Indian journal of veterinary science and animal husbandry - Volume 13,
Year: 1943
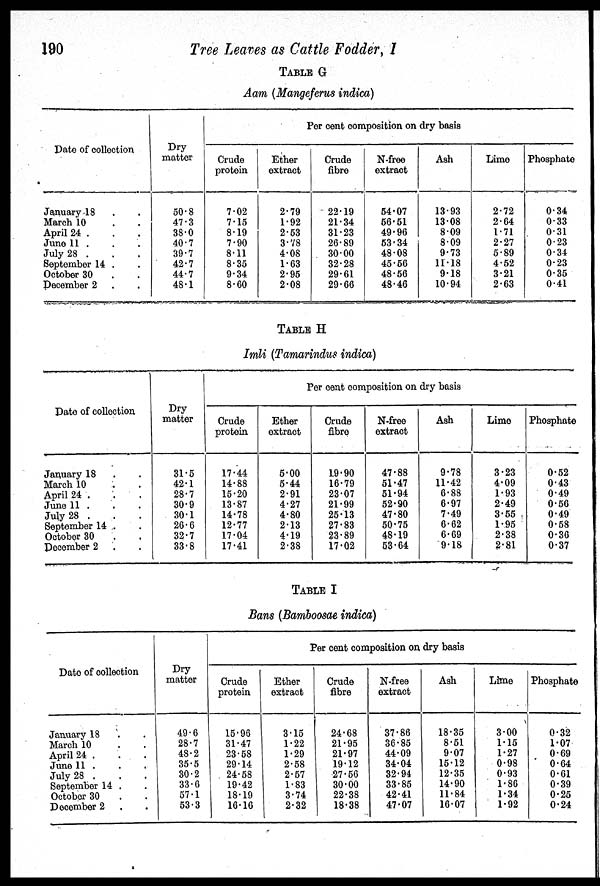
190
Tree Leaves as Cattle Fodder, I
TABLE G
Aam (Mangeferus indica)
Date of collection
January 18 . .
March 10 . .
April 24 . . .
June 11 . . .
July 28 . . .
September 14 . .
October 30 . .
December 2 . .
Dry
matter
50.8
47.3
38.0
40.7
39.7
42.7
44.7
48.1
Crude
protein
7.02
7.15
8.19
7.90
8.11
8.35
9.34
8.60
Per cent composition on dry basis
Ether
extract
2.79
1.92
2.53
3.78
4.08
1.63
2.95
2.08
Crude
fibre
22.19
21.34
31.23
26.89
30.00
32.28
29.61
29.66
N-free
extract
54.07
56.51
49.96
53.34
48.08
45.56
48.56
48.46
Ash
13.93
13.08
8.09
8.09
9.73
11.18
9.18
10.94
Lime
2.72
2.64
1.71
2.27
5.89
4.52
3.21
2.63
Phosphate
0.34
0.33
0.31
0.23
0.34
0.23
0.35
0.41
TABLE H
Imli (Tamarindus indica)
Date of collection
January 18 . .
March 10 . .
April 24 . . .
June 11 . . .
July 28 . . .
September 14 . .
October 30 . .
December 2 . .
Dry
matter
31.5
42.1
28.7
30.9
30.1
26.6
32.7
33.8
Crude
protein
17.44
14.88
15.20
13.87
14.78
12.77
17.04
17.41
Per cent composition on dry basis
Ether
extract
5.00
5.44
2.91
4.27
4.80
2.13
4.19
2.38
Crude
fibre
19.90
16.79
23.07
21.99
25.13
27.83
23.89
17.02
N-free
extract
47.88
51.47
51.94
52.90
47.80
50.75
48.19
53.64
Ash
9.78
11.42
6.88
6.97
7.49
6.62
6.69
9.18
Lime
3.23
4.09
1.93
2.49
3.55
1.95
2.38
2.81
Phosphate
0.52
0.43
0.49
0.56
0.49
0.58
0.36
0.37
TABLE I
Bans (Bamboosae indica)
Date of collection
January 18 . .
March 10 . .
April 24 . . .
June 11 . . .
July 28 . . .
September 14 . .
October 30 . .
December 2 . .
Dry
matter
49.6
28.7
48.2
35.5
30.2
33.6
57.1
53.3
Crude
protein
15.96
31.47
23.58
29.14
24.58
19.42
18.19
16.16
Per cent composition on dry basis
Ether
extract
3.15
1.22
1.29
2.58
2.57
1.83
3.74
2.32
Crude
fibre
24.68
21.95
21.97
19.12
27.56
30.00
22.38
18.38
N-free
extract
37.86
36.85
44.09
34.04
32.94
33.85
42.41
47.07
Ash
18.35
8.51
9.07
15.12
12.35
14.90
11.84
16.07
Lime
3.00
1.15
1.27
0.98
0.93
1.86
1.34
1.92
Phosphate
0.32
1.07
0.69
0.64
0.61
0.39
0.25
0.24